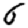
Digit: 6